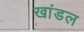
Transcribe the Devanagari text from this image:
खांडल